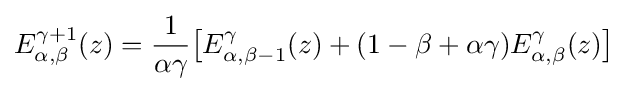
E_{\alpha ,\beta }^{\gamma +1}(z)={\frac {1}{\alpha \gamma }}{\big [}E_{\alpha ,\beta -1}^{\gamma }(z)+(1-\beta +\alpha \gamma )E_{\alpha ,\beta }^{\gamma }(z){\big ]}